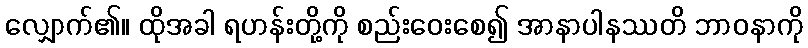
လျှောက်၏။ ထိုအခါ ရဟန်းတို့ကို စည်းဝေးစေ၍ အာနာပါနဿတိ ဘာဝနာကို